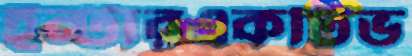
ইন্টারএকটিভ